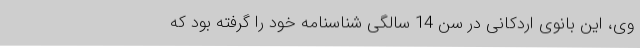
وی، این بانوی اردکانی در سن 14 سالگی شناسنامه خود را گرفته بود که